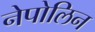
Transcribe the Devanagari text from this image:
नेपोलिन